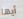
أيها